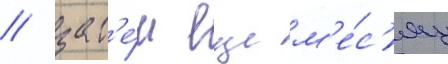
/ зат'е́м еще м'е́с'яц